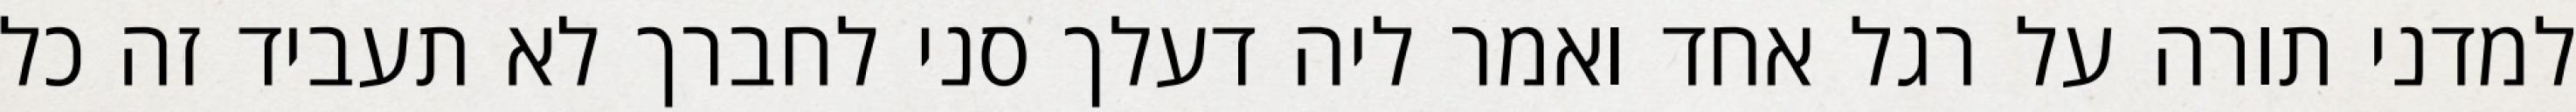
למדני תורה על רגל אחד ואמר ליה דעלך סני לחברך לא תעביד זה כל